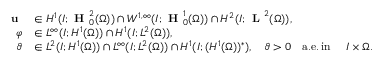
\begin{array} { r l } { \textbf { u } } & { \in H ^ { 1 } ( I ; \textbf { H } _ { 0 } ^ { 2 } ( \Omega ) ) \cap W ^ { 1 , \infty } ( I ; \textbf { H } _ { 0 } ^ { 1 } ( \Omega ) ) \cap H ^ { 2 } ( I ; \textbf { L } ^ { 2 } ( \Omega ) ) , } \\ { \varphi } & { \in L ^ { \infty } ( I ; H ^ { 1 } ( \Omega ) ) \cap H ^ { 1 } ( I ; L ^ { 2 } ( \Omega ) ) , } \\ { \vartheta } & { \in L ^ { 2 } ( I ; H ^ { 1 } ( \Omega ) ) \cap L ^ { \infty } ( I ; L ^ { 2 } ( \Omega ) ) \cap H ^ { 1 } ( I ; ( H ^ { 1 } ( \Omega ) ) ^ { * } ) , \quad \vartheta > 0 \quad \mathrm { a . e . \, i n ~ } \quad I \times \Omega . } \end{array}